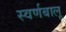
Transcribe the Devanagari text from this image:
स्वर्णबालू